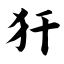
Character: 犴